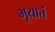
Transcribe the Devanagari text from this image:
भूयात्तं